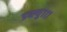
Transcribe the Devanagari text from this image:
डब्ल्यु१११